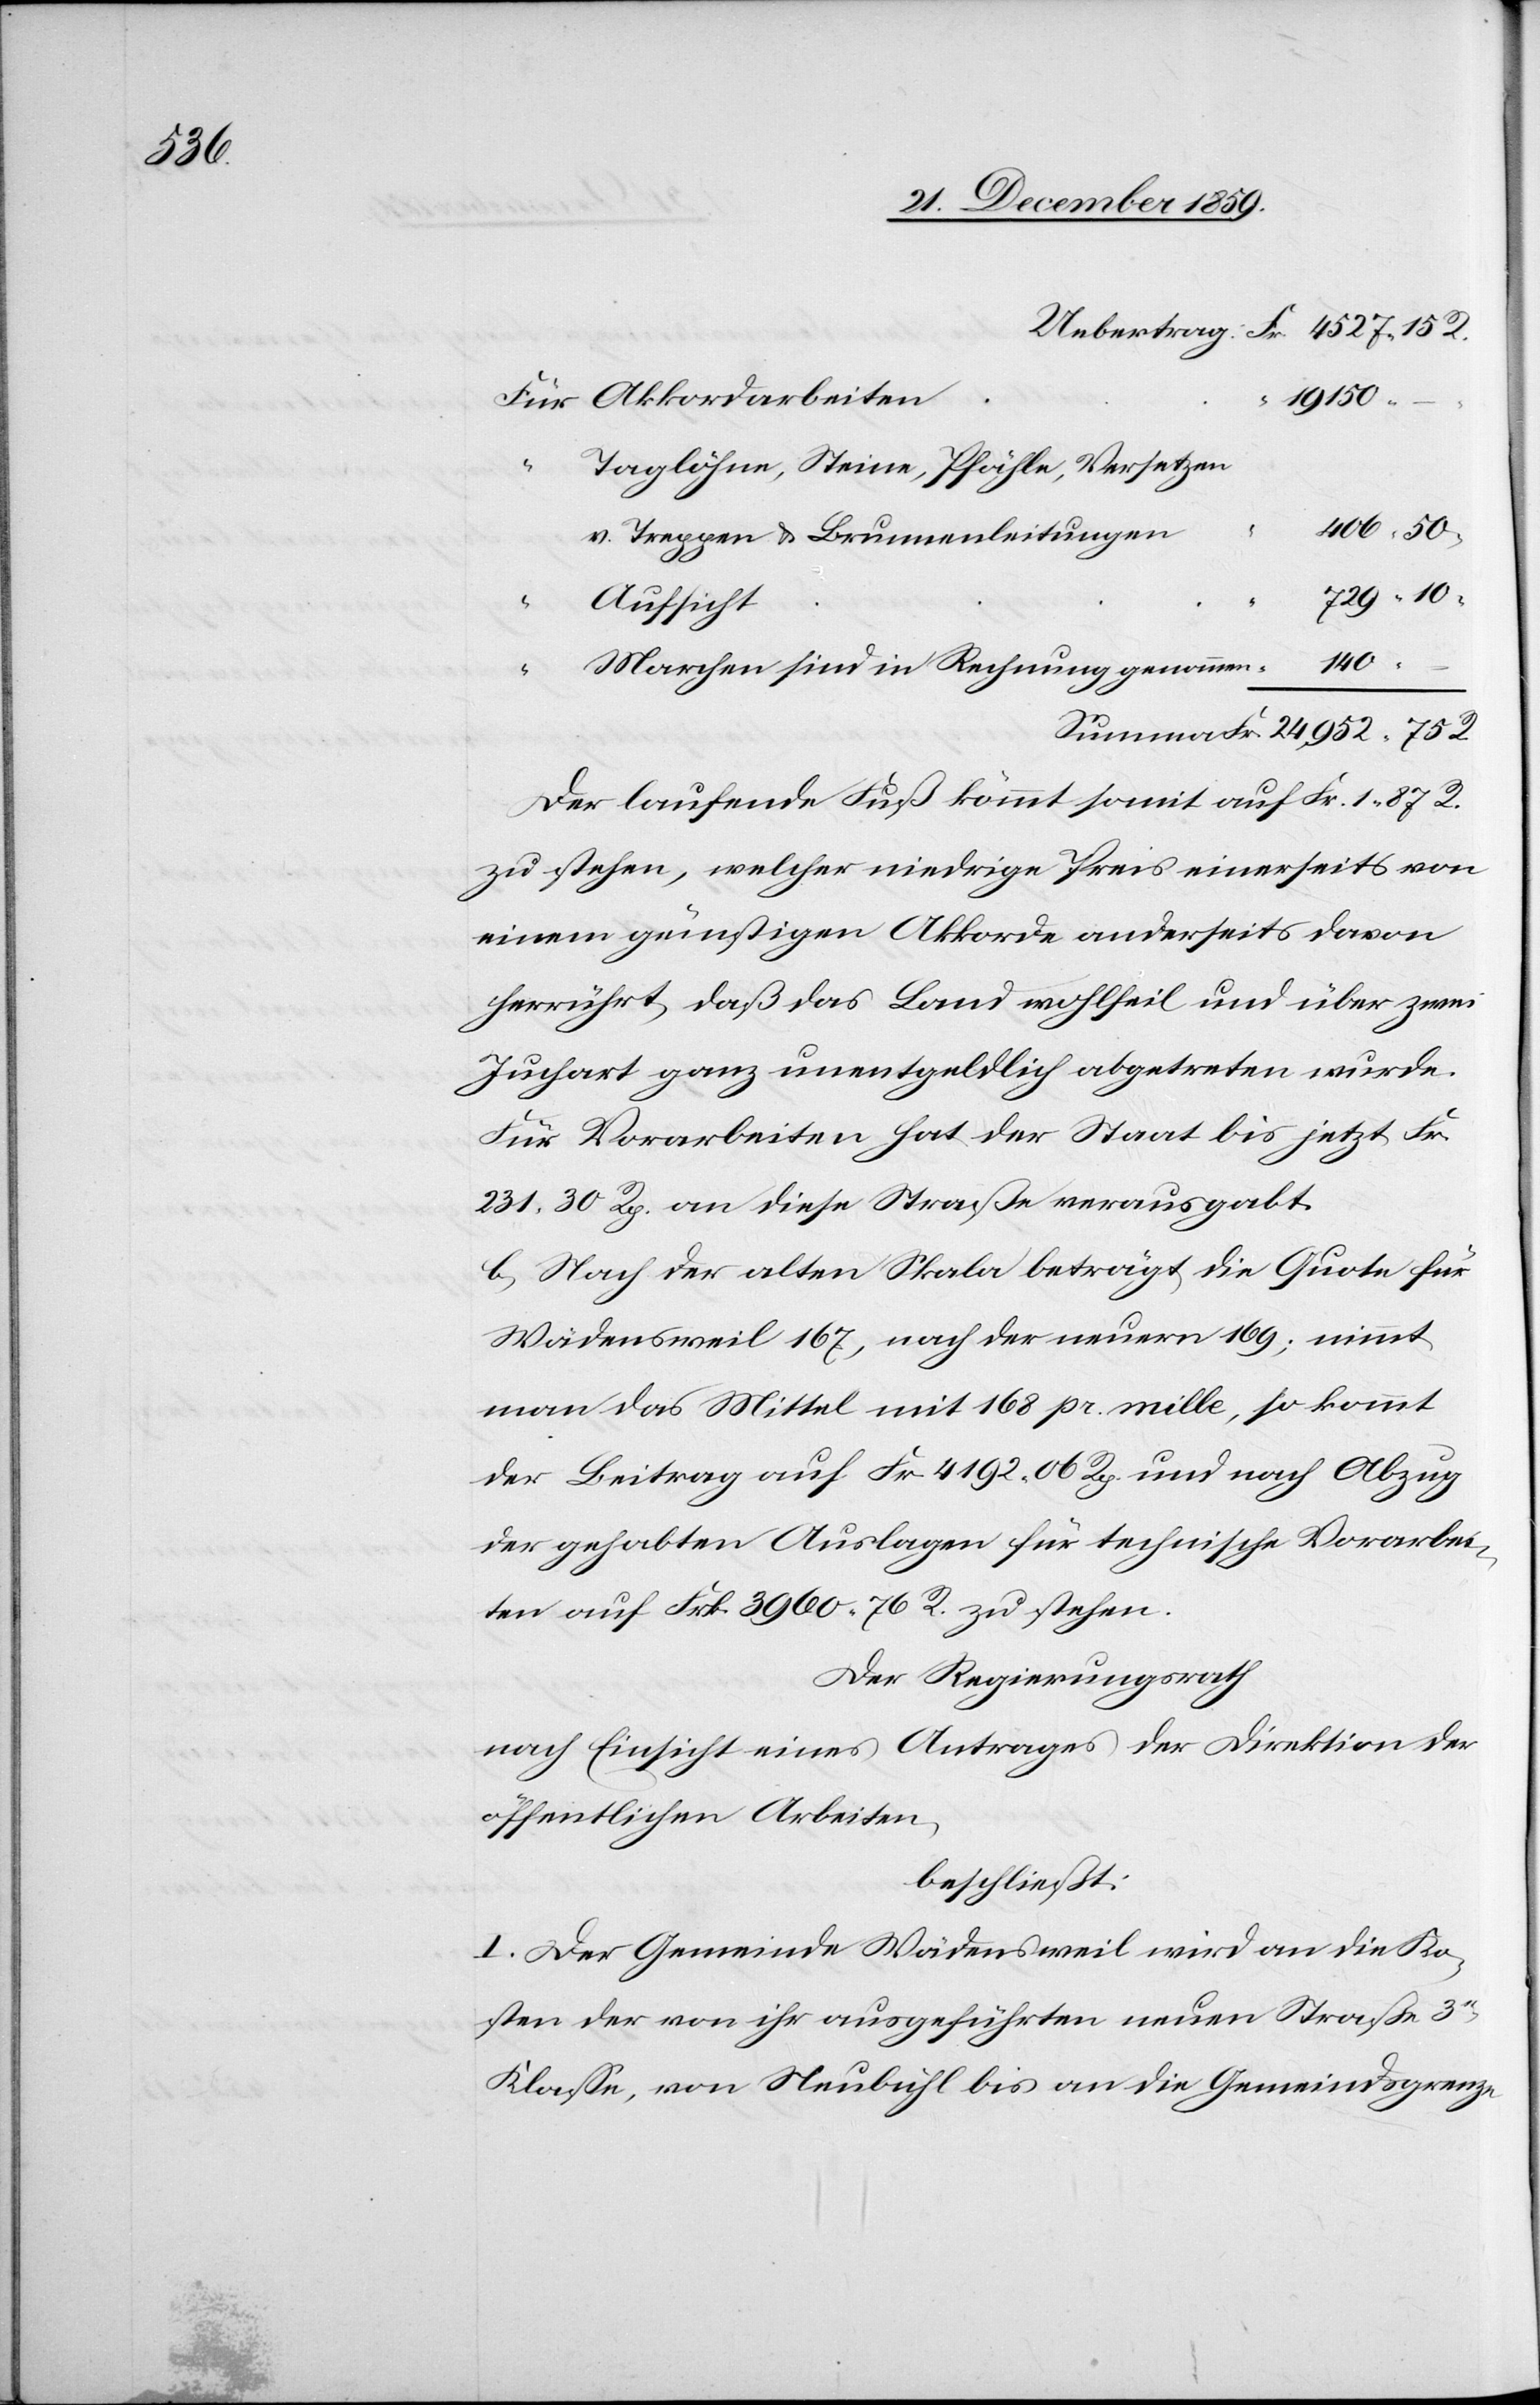
Für Akkordarbeiten
140.–
Fr.
R.
Taglöhne, Steine Pfähle, Versetzen
v. Treppen & Brunnenleitungen
729.10
Aufsicht
Marchen sind in Rechnung genommen
Der laufende Fuß kömmt somit auf Fr. 1 87 R.
zu stehen, welcher niedrige Preis einerseits von
einem günstigen Akkorde anderseits davon
herrührt, daß das Land wohlfeil und über zwei
Juchart ganz unentgeldlich abgetreten wurde.
Für Vorarbeiten hat der Staat bis jetzt Fr.
231 30 Rp. an diese Straße verausgabt.
b) Nach der alten Skala beträgt die Quote für
Wädensweil 167, nach der neuern 169; nimmt
man das Mittel mit 168 pr. mille, so kommt
der Beitrag auf Fr. 4192 06 Rp. und nach Abzug
der gehabten Auslagen für technische Vorarbei¬
ten auf Frk. 3960 76 Rp. zu stehen.
Der Regierungsrath
nach Einsicht eines Antrages der Direktion der
öffentlichen Arbeiten,
beschließt:
I. Der Gemeinde Wädensweil wird an die Ko¬
sten der von ihr ausgeführten neuen Straße 3r
Klasse, von Neubühl bis an die Gemeindsgrenze